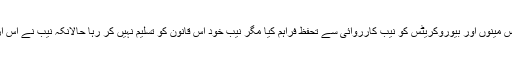
حکومت نے 27دسمبر 2019کو خود آرڈیننس جاری کرکے پرائیویٹ شہریوں،بزنس مینوں اور بیوروکریٹس کو نیب کارروائی سے تحفظ فراہم کیا مگر نیب خود اس قانون کو تسلیم نہیں کر رہا حالانکہ نیب نے اس آرڈیننس کی روشنی میں خود ایس او پیز بھی جاری کئے جن پر عمل نہیں کیا جارہا ۔